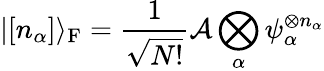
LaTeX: |[n_{\alpha}]\rangle_{\mathrm{{F}}}={\frac{1}{\sqrt{N!}}}{\mathcal{A}}\bigotimes_{\alpha}\psi_{\alpha}^{\otimes n_{\alpha}}